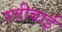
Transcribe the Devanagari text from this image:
रत्तीबाई